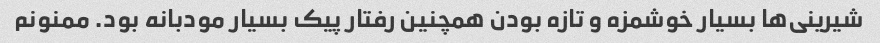
شیرینی‌ها بسیار خوشمزه و تازه بودن همچنین رفتار پیک بسیار مودبانه بود. ممنونم